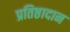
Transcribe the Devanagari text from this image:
प्रतिष्ठादान